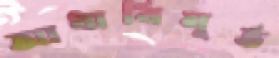
আধাবিমূর্ত